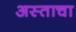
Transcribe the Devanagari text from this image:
अस्ताचा